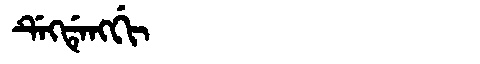
Manchu: ᡩᡝᡴᡩᡝᠩᡤᡳ
Romanization: DEKDENGGI